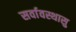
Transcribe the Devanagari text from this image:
सर्वावस्थासु